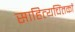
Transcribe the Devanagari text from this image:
साहित्यचिंतकों